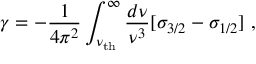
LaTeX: \gamma = - { \frac { 1 } { 4 \pi ^ { 2 } } } \int _ { \nu _ { \mathrm { t h } } } ^ { \infty } { \frac { d \nu } { \nu ^ { 3 } } } [ \sigma _ { 3 / 2 } - \sigma _ { 1 / 2 } ] \ ,